Annual report of the Bengal Veterinary College and of the Civil Veterinary Department, Bengal, for the year 1917-18 - 1917-1918
Year: 1917
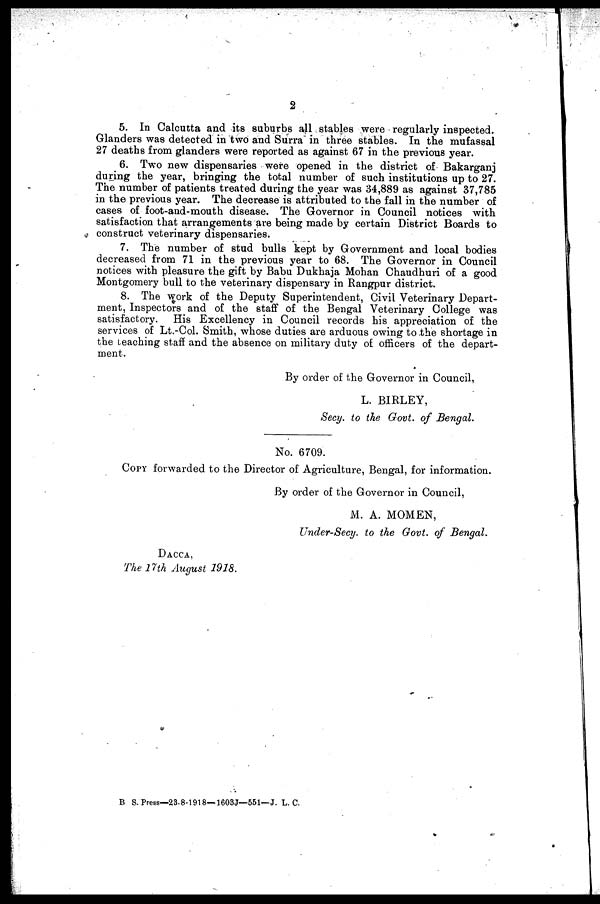
2
5. In Calcutta and its suburbs all stables were regularly inspected.
Glanders was detected in two and Surra in three stables. In the mufassal
27 deaths from glanders were reported as against 67 in the previous year.
6. Two new dispensaries were opened in the district of Bakarganj
during the year, bringing the total number of such institutions up to 27.
The number of patients treated during the year was 34,889 as against 37,785
in the previous year. The decrease is attributed to the fall in the number of
cases of foot-and-mouth disease. The Governor in Council notices with
satisfaction that arrangements are being made by certain District Boards to
construct veterinary dispensaries.
7. The number of stud bulls kept by Government and local bodies
decreased from 71 in the previous year to 68. The Governor in Council
notices with pleasure the gift by Babu Dukhaja Mohan Chaudhuri of a good
Montgomery bull to the veterinary dispensary in Rangpur district.
8. The work of the Deputy Superintendent, Civil Veterinary Depart-
ment, Inspectors and of the staff of the Bengal Veterinary College was
satisfactory. His Excellency in Council records his appreciation of the
services of Lt.-Col. Smith, whose duties are arduous owing to the shortage in
the leaching staff and the absence on military duty of officers of the depart-
ment.
By order of the Governor in Council,
L. BIRLEY,
Secy. to the Govt. of Bengal.
No. 6709.
COPY forwarded to the Director of Agriculture, Bengal, for information.
By order of the Governor in Council,
M. A. MOMEN,
Under-Secy. to the Govt. of Bengal.
DACCA.
The 17th August 1918.
B S. Press—23-8-1918—1603J—551—J. L. C.